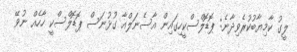
ލީގު ކާމިޔާބުކުރެވިދާނެ: ޕޮޑޮލްސްކީހިގައިން އާސެނަލްއާ ގުޅުނަސް ޕޮޑޮލްސްކީ ހާހެއް ނުވޭ